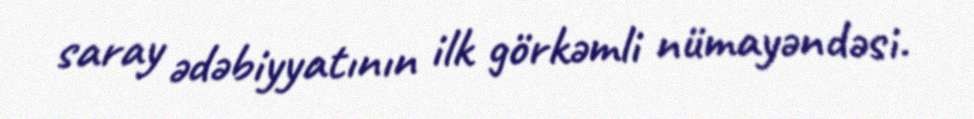
saray ədəbiyyatının ilk görkəmli nümayəndəsi.